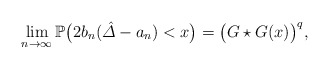
\begin{align*} \lim_{n \rightarrow\infty} \mathbb{P}\bigl(2b_n (\hat{\varDelta} -a_n ) < x\bigr) = \bigl(G\star G (x)\bigr)^q ,\end{align*}